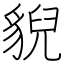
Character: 貎